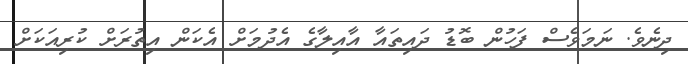
ދިނެވެ. ނަމަވެސް ފަހުން ބޮޑު ދައިތައާ އާއިލާގެ އެދުމަށް އެކަން އިތުރަށް ކުރިއަކަށް